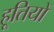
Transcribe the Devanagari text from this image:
हूतियों